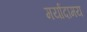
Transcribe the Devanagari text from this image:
मर्यादामय